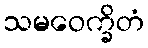
သမဝေက္ခိတံ